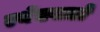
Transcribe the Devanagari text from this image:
एथेंसवालों